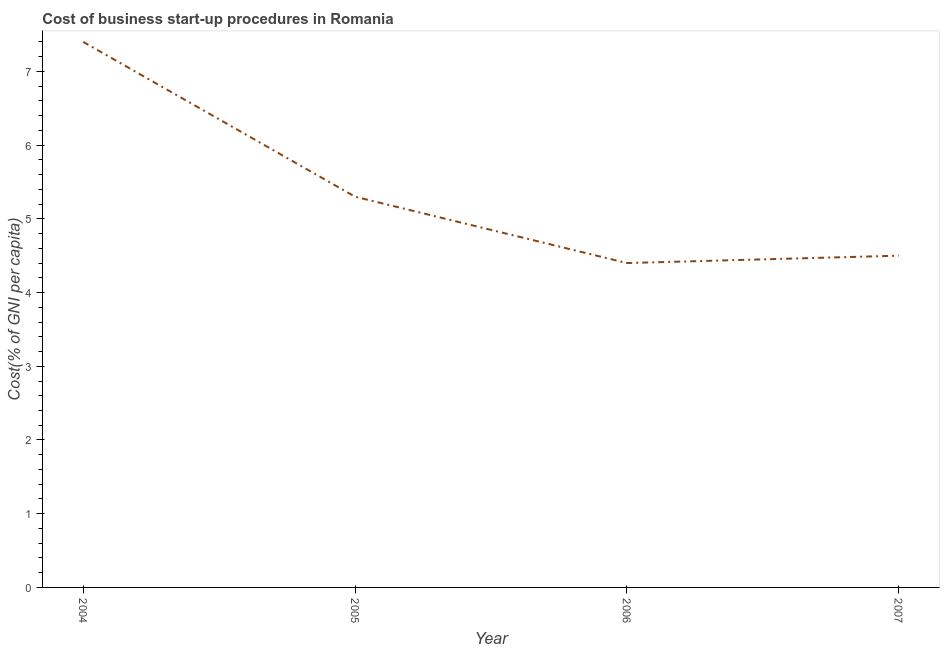
| Year | Cost |
 | --- | --- |
 | 2004 | 7.4 |
 | 2005 | 5.3 |
 | 2006 | 4.4 |
 | 2007 | 4.5 |